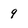
Character: 9